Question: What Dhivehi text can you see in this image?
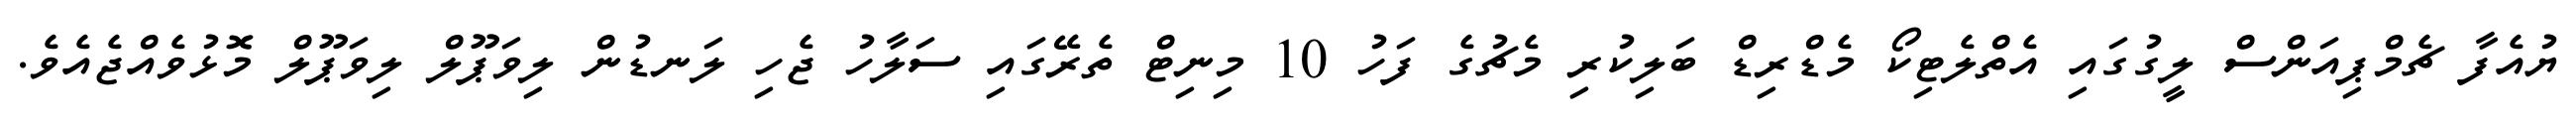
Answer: ޔުއެފާ ޗެމްޕިއަންސް ލީގުގައި އެތްލެޓިކޯ މެޑްރިޑް ބަލިކުރި މެޗުގެ ފަހު 10 މިނިޓް ތެރޭގައި ސަލާހު ޖެހި ލަނޑުން ލިވަޕޫލް ލިވަޕޫލް މޮޅުވެއްޖެއެވެ.